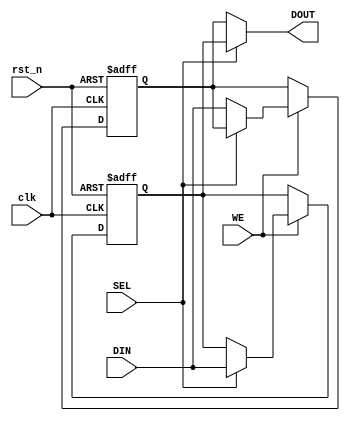
module double_buffer_register #(
    parameter DATA_WIDTH = 8  // Define the width of the data
)(
    input wire clk,            // Clock signal
    input wire rst_n,         // Active low reset
    input wire WE,            // Write Enable signal
    input wire SEL,           // Select signal for active buffer
    input wire [DATA_WIDTH-1:0] DIN, // Data input
    output reg [DATA_WIDTH-1:0] DOUT // Data output
);

    // Internal registers for Buffer A and Buffer B
    reg [DATA_WIDTH-1:0] buffer_a;
    reg [DATA_WIDTH-1:0] buffer_b;

    // Sequential logic for writing data to the active buffer
    always @(posedge clk or negedge rst_n) begin
        if (!rst_n) begin
            // Reset both buffers to zero
            buffer_a <= {DATA_WIDTH{1'b0}};
            buffer_b <= {DATA_WIDTH{1'b0}};
        end else if (WE) begin
            // Write data to the selected buffer
            if (SEL) begin
                buffer_a <= DIN; // Write to Buffer A
            end else begin
                buffer_b <= DIN; // Write to Buffer B
            end
        end
    end

    // Combinational logic for reading data from the active buffer
    always @(*) begin
        if (SEL) begin
            DOUT = buffer_a; // Read from Buffer A
        end else begin
            DOUT = buffer_b; // Read from Buffer B
        end
    end

endmodule